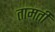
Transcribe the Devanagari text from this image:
तामती